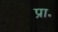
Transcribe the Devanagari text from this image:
प्रा॰